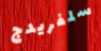
سلفريدج